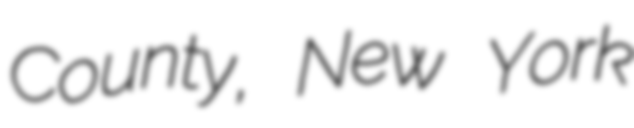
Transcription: County, New York